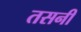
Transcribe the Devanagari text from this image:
तसनी